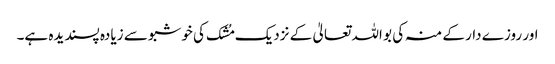
اور روزے دار کے منہ کی بو اللہ تعالیٰ کے نزدیک مُشک کی خوشبو سے زیادہ پسندیدہ ہے۔